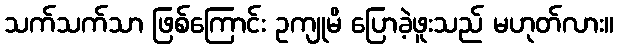
သက်သက်သာ ဖြစ်ကြောင်း ဥကျုမိ ပြောခဲ့ဖူးသည် မဟုတ်လား။